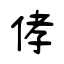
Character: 侾